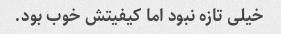
خیلی تازه نبود اما کیفیتش خوب بود.